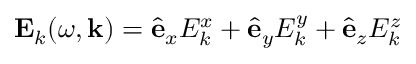
\mathbf { E } _ { k } ( \omega , \mathbf k ) = \hat { \mathbf e } _ { x } E _ { k } ^ { x } + \hat { \mathbf e } _ { y } E _ { k } ^ { y } + \hat { \mathbf e } _ { z } E _ { k } ^ { z }